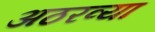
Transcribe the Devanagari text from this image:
अठरव्या